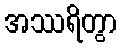
အဿရိတွာ